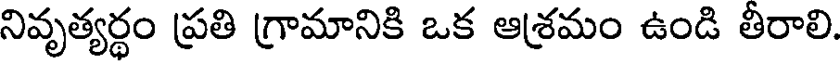
నివృత్యర్థం ప్రతి గ్రామానికి ఒక ఆశ్రమం ఉండి తీరాలి.